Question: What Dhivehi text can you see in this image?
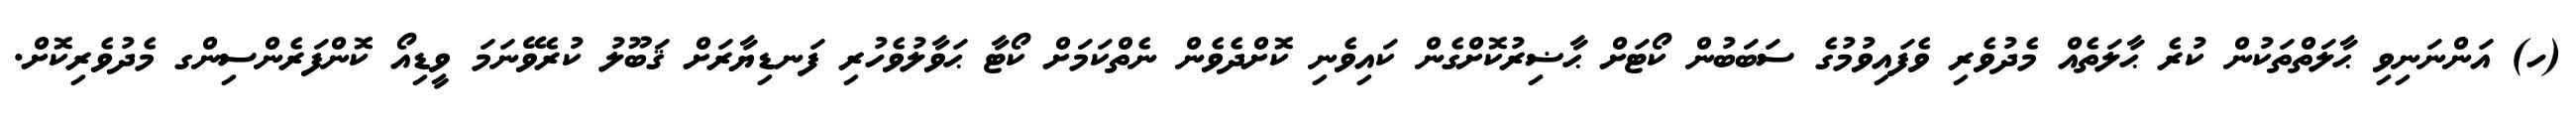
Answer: (ހ) އަންނަނިވި ޙާލަތްތަކުން ކުރެ ޙާލަތެއް މެދުވެރި ވެފައިވުމުގެ ސަބަބުން ކޯޓަށް ޙާޟިރުކޮށްގެން ކައިވެނި ކޮށްދެވެން ނެތްކަމަށް ކޯޓާ ޙަވާލުވެހުރި ފަނޑިޔާރަށް ޤަބޫލު ކުރެވޭނަމަ ވީޑިއޯ ކޮންފަރެންސިންގ މެދުވެރިކޮށް.